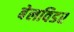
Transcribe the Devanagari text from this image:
बेलविडर